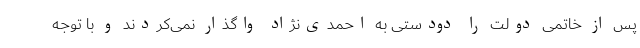
پس از خاتمی دولت را دودستی به احمدی‌نژاد واگذار نمی‌کردند و با توجه